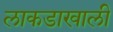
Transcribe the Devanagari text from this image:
लाकडाखाली